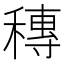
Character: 𥡵